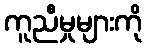
ကူညီမှုများကို